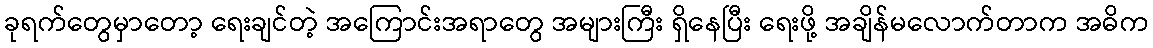
ခုရက်တွေမှာတော့ ရေးချင်တဲ့ အကြောင်းအရာတွေ အများကြီး ရှိနေပြီး ရေးဖို့ အချိန်မလောက်တာက အဓိက